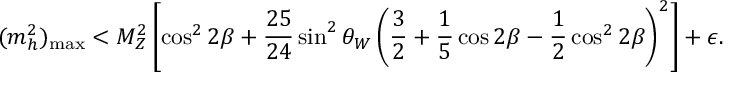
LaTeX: ( m _ { h } ^ { 2 } ) _ { \mathrm { m a x } } < M _ { Z } ^ { 2 } \left[ \cos ^ { 2 } 2 \beta + { \frac { 2 5 } { 2 4 } } \sin ^ { 2 } \theta _ { W } \left( { \frac { 3 } { 2 } } + { \frac { 1 } { 5 } } \cos 2 \beta - { \frac { 1 } { 2 } } \cos ^ { 2 } 2 \beta \right) ^ { 2 } \right] + \epsilon .